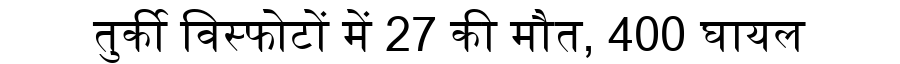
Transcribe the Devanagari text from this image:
तुर्की विस्फोटों में 27 की मौत, 400 घायल